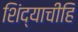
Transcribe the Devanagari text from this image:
शिंद्याचीहि